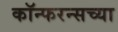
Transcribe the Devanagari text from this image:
कॉन्फरन्सच्या